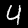
Label: 4